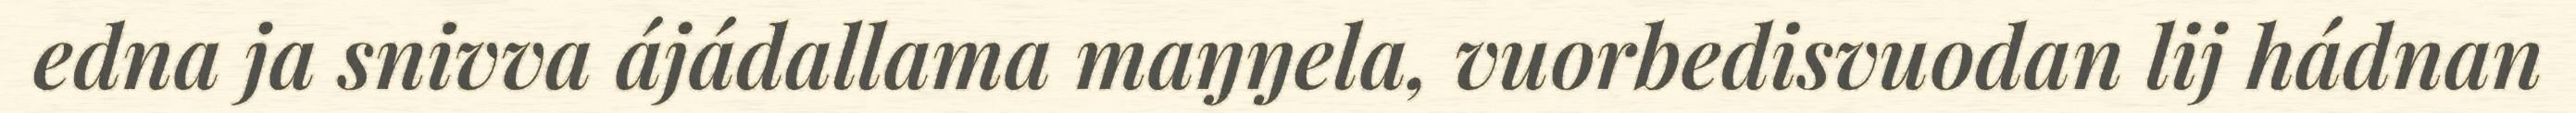
edna ja snivva ájádallama maŋŋela, vuorbedisvuodan lij hádnan